38_143685_box_Incident_Summaries_101-172
Agency: Department of War
Page 53
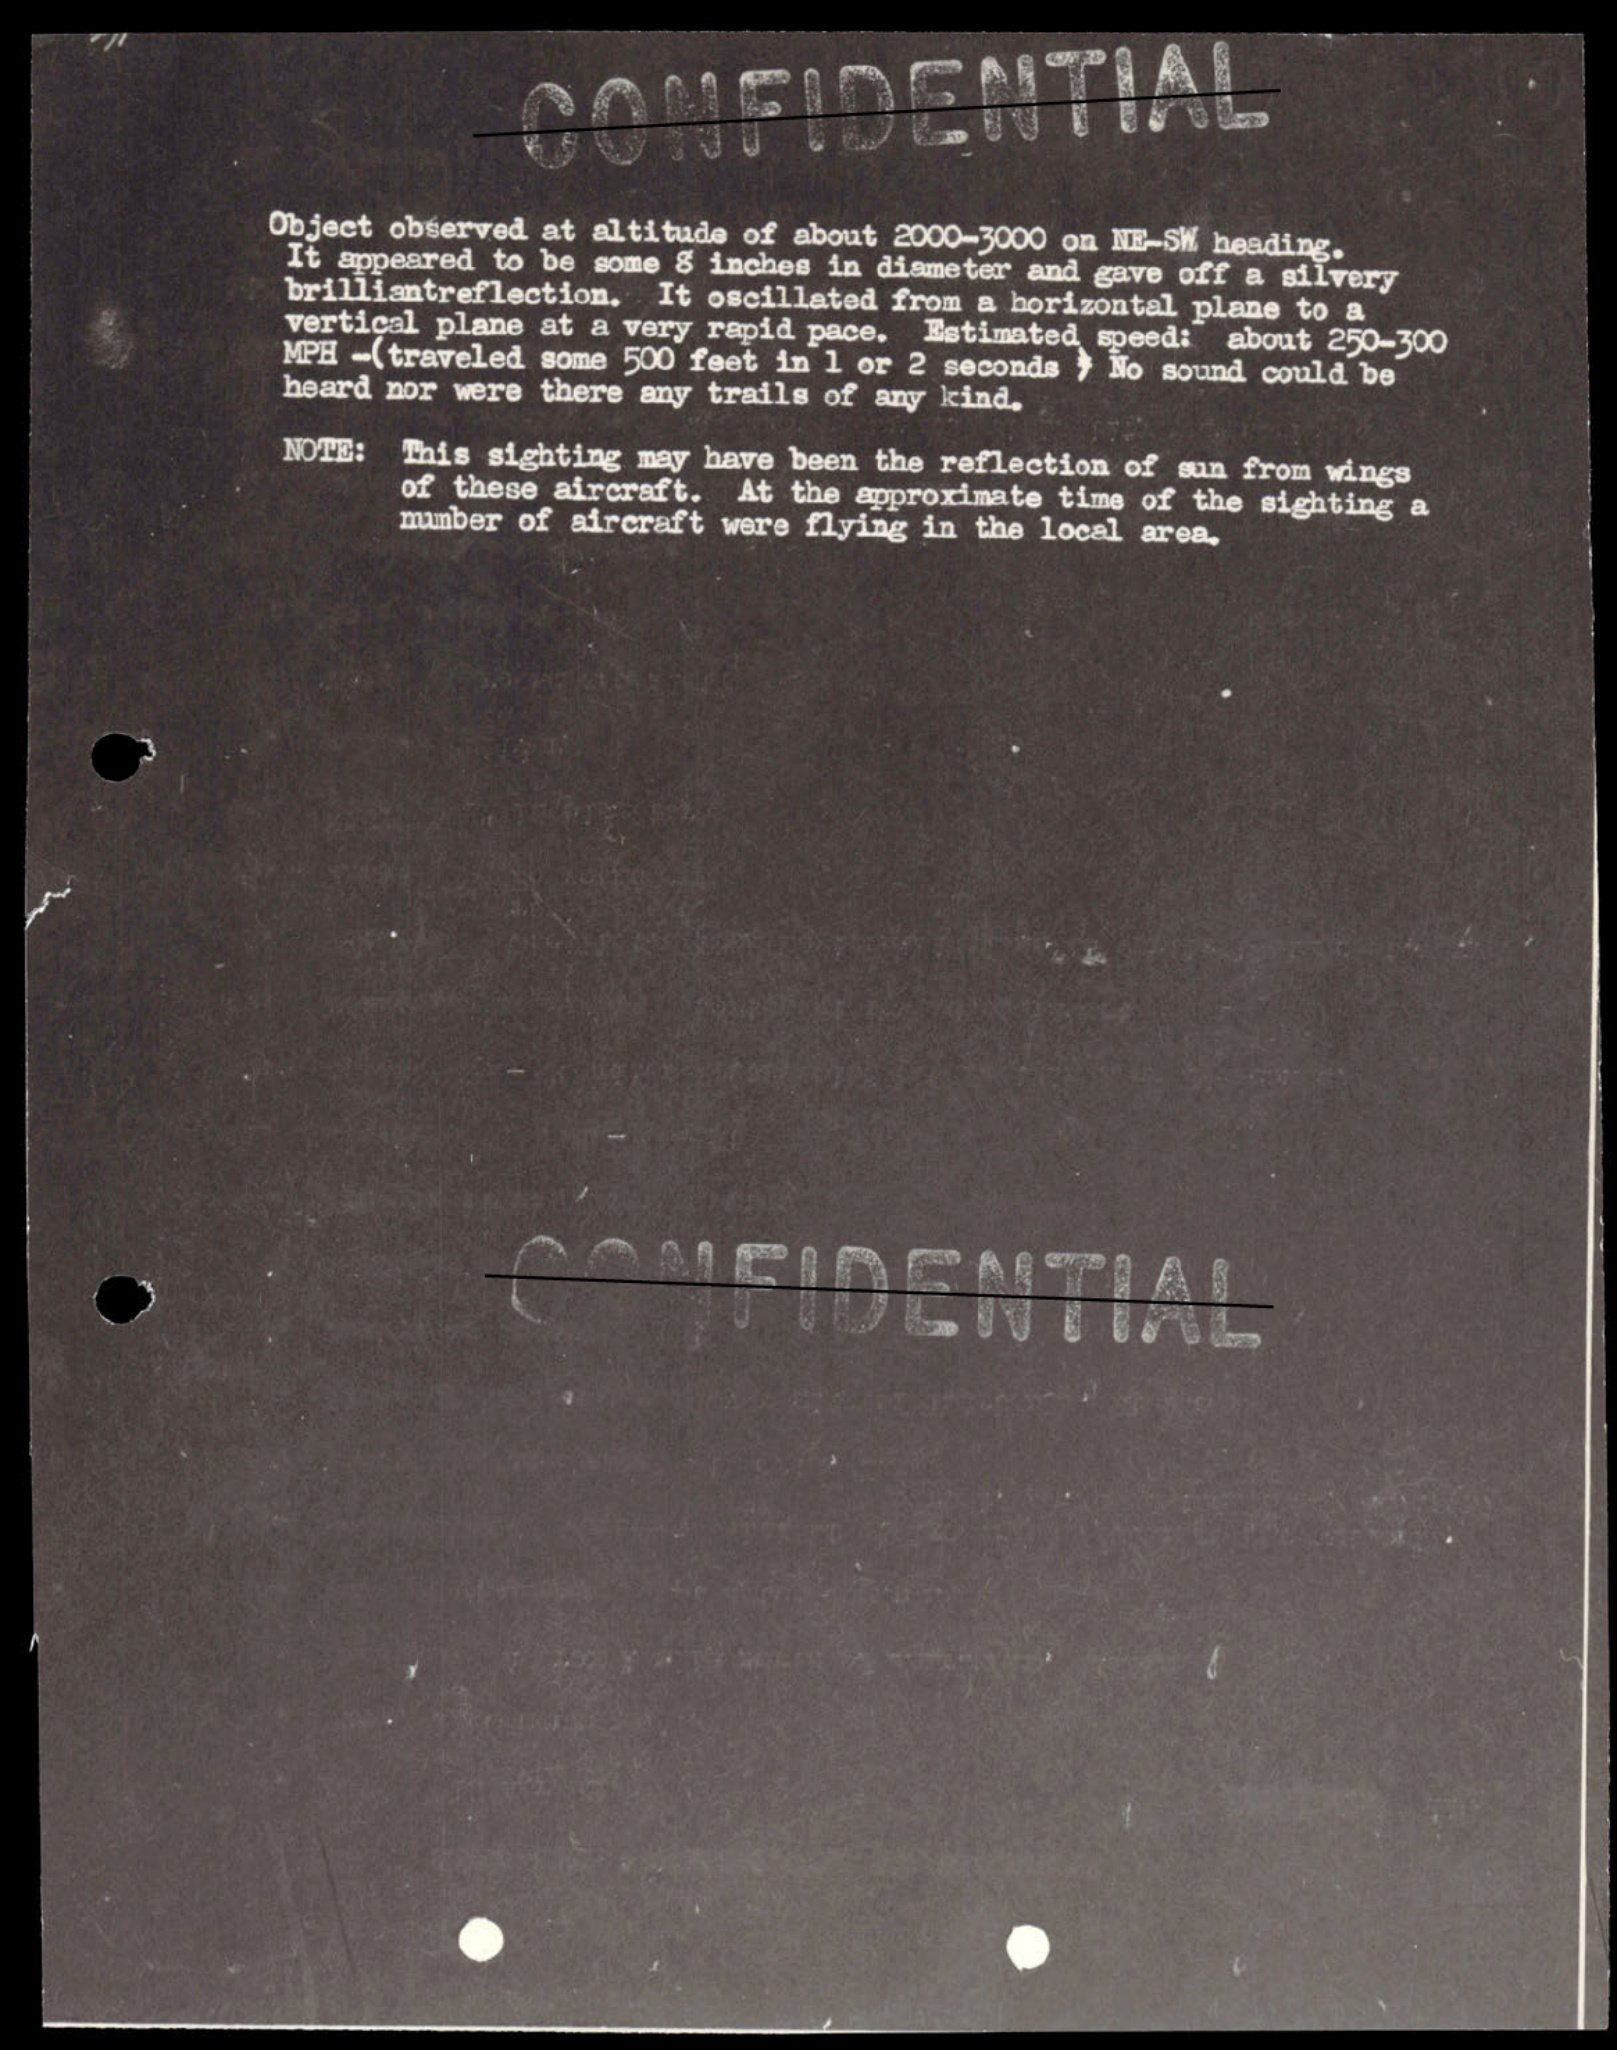